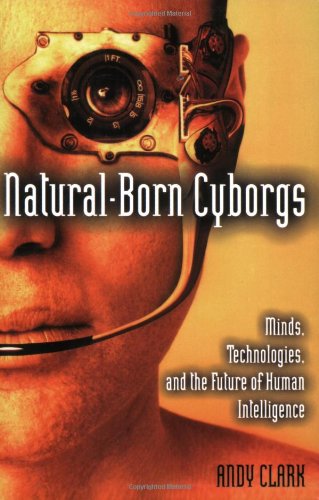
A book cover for Natural-Born Cyborgs: Minds, Technologies, and the Future of Human Intelligence; Andy Clark; Computers & Technology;